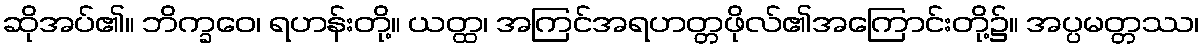
ဆိုအပ်၏။ ဘိက္ခဝေ၊ ရဟန်းတို့။ ယတ္ထ၊ အကြင်အရဟတ္တဖိုလ်၏အကြောင်းတို့၌။ အပ္ပမတ္တဿ၊